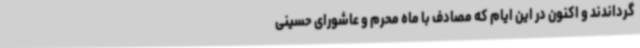
گرداندند و اکنون در این ایام که مصادف با ماه محرم و عاشورای حسینی